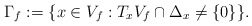
\begin{align*}\Gamma_f:=\{x\in V_f: T_xV_f\cap\Delta_x\not=\{0\}\}.\end{align*}